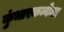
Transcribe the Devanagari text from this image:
कुंभारकन्येला